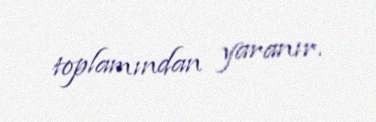
toplamından yaranır.